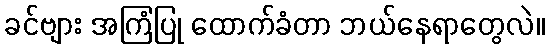
ခင်ဗျား အကြံပြု ထောက်ခံတာ ဘယ်နေရာတွေလဲ။